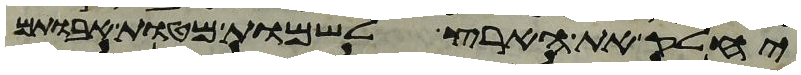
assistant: יחלק את הארץ לשמות מטות אבתיכם